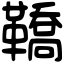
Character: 鞽